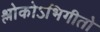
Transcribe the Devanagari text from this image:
श्लोकोऽभिगीतो